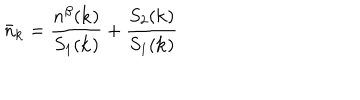
{ \bar { n } } _ { { \bf { k } } } = \frac { n ^ { \beta } ( { \bf { k } } ) } { S _ { 1 } ( { \bf { k } } ) } + \frac { S _ { 2 } ( { \bf { k } } ) } { S _ { 1 } ( { \bf { k } } ) }